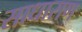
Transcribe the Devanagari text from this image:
साधाराण